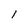
Character: 1